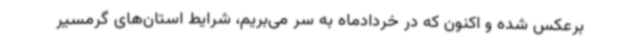
برعکس شده و اکنون که در خردادماه به سر می‌بریم، شرایط استان‌های گرمسیر